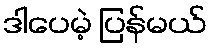
ဒါပေမဲ့ ပြန်မယ်